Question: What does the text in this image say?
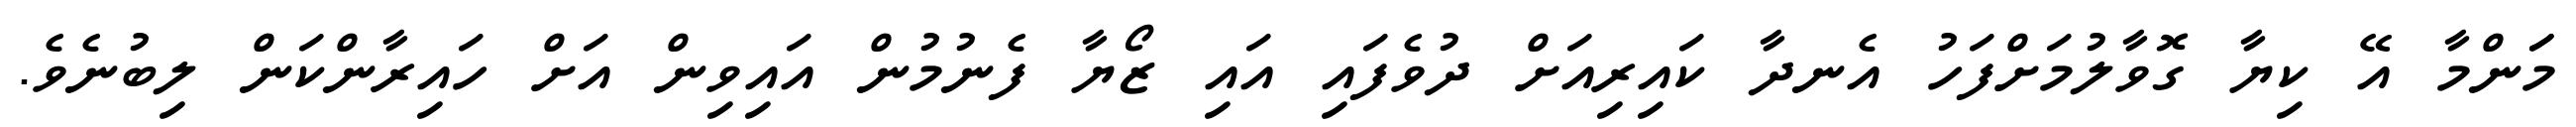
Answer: މަަންމާ އޭ ކިޔާ ގޮވާލުމަށްފަހު އެނދާ ކައިރިއަށް ދުވެފައި އައި ޒޯޔާ ފެނުމުން އައިވިން އަށް ހައިރާންކަން ލިބުނެވެ.